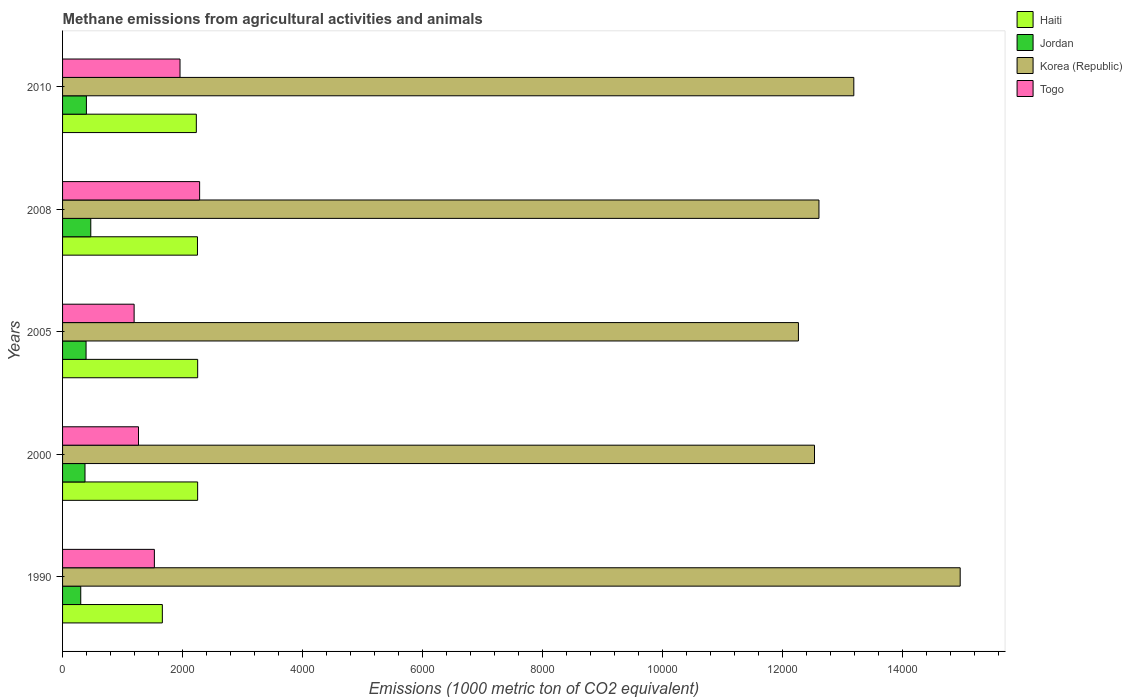
| Years | Haiti | Jordan | Korea (Republic) | Togo |
 | --- | --- | --- | --- | --- |
 | 1990 | 1.66e+03 | 303 | 1.5e+04 | 1.53e+03 |
 | 2000 | 2.25e+03 | 374 | 1.25e+04 | 1.27e+03 |
 | 2005 | 2.25e+03 | 392 | 1.23e+04 | 1.19e+03 |
 | 2008 | 2.25e+03 | 470 | 1.26e+04 | 2.29e+03 |
 | 2010 | 2.23e+03 | 398 | 1.32e+04 | 1.96e+03 |